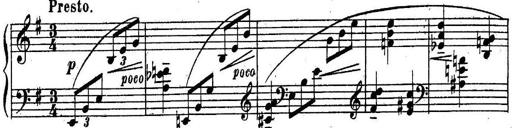
Title: Sonatine
Composer: Adrian Shaposhnikov
Key: E minor